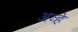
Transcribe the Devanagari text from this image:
अव्हे